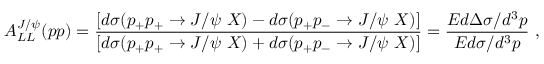
A _ { L L } ^ { J / \psi } ( p p ) = \frac { \left[ d \sigma ( p _ { + } p _ { + } \rightarrow J / \psi ~ X ) - d \sigma ( p _ { + } p _ { - } \rightarrow J / \psi ~ X ) \right] } { \left[ d \sigma ( p _ { + } p _ { + } \rightarrow J / \psi ~ X ) + d \sigma ( p _ { + } p _ { - } \rightarrow J / \psi ~ X ) \right] } = \frac { E d \Delta \sigma / d ^ { 3 } p } { E d \sigma / d ^ { 3 } p } ~ ,